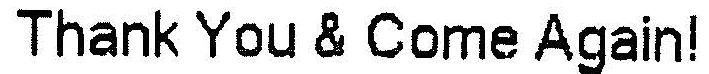
THANK YOU & COME AGAIN!